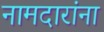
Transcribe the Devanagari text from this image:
नामदारांना